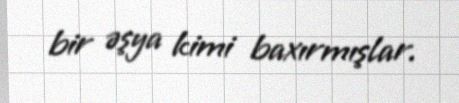
bir əşya kimi baxırmışlar.